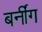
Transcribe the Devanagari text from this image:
बर्नींग